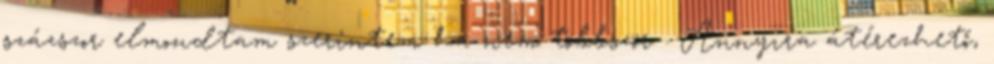
százszor elmondtam szerintem ha nem többször . Annyira átérezhető,